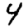
Digit: 4